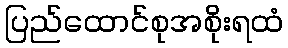
ပြည်ထောင်စုအစိုးရထံ